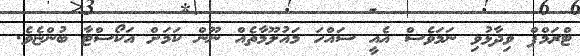
ޓްރަމްޕް ވިދާޅުވި ނަމަވެސް އެއީ ސައްހަ މައުލޫމާތެއް ނޫން ކަމަށް އަކޯސްޓާ ބުންޏެވެ.